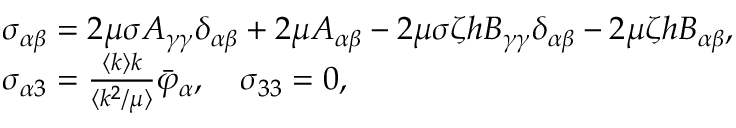
\begin{array} { r l } & { \sigma _ { \alpha \beta } = 2 \mu \sigma A _ { \gamma \gamma } \delta _ { \alpha \beta } + 2 \mu A _ { \alpha \beta } - 2 \mu \sigma \zeta h B _ { \gamma \gamma } \delta _ { \alpha \beta } - 2 \mu \zeta h B _ { \alpha \beta } , } \\ & { \sigma _ { \alpha 3 } = \frac { \langle k \rangle k } { \langle k ^ { 2 } / \mu \rangle } \bar { \varphi } _ { \alpha } , \quad \sigma _ { 3 3 } = 0 , } \end{array}